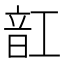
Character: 䪦